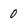
Character: 0